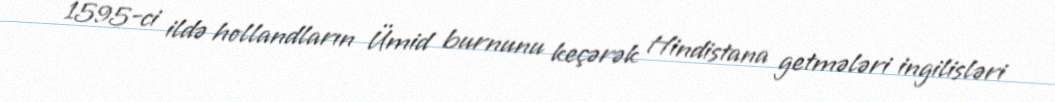
1595-ci ildə hollandların Ümid burnunu keçərək Hindistana getmələri ingilisləri